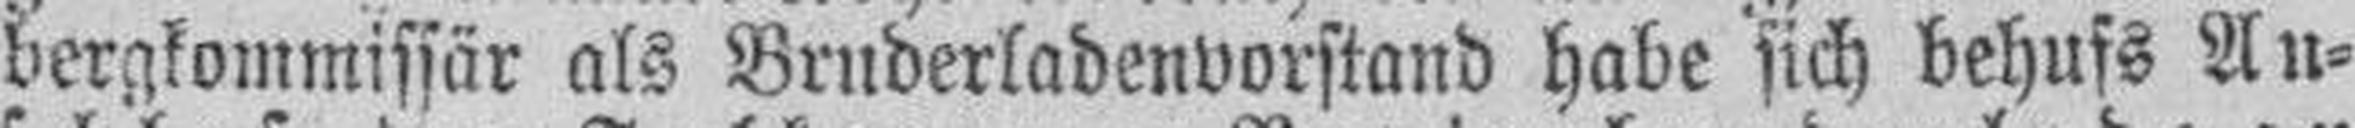
bergkommissär als Bruderladenvorstand habe sich behufs An¬